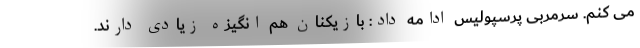
می کنم. سرمربی پرسپولیس ادامه داد: بازیکنان هم انگیزه زیادی دارند.